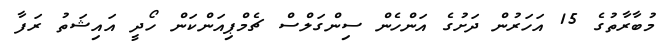
މުބާރާތުގެ 15 އަހަރުން ދަށުގެ އަންހެން ސިންގަލްސް ޗެމްޕިއަންކަން ހޯދީ އައިޝަތު ރަފާ